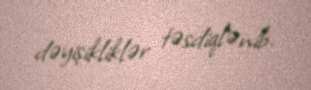
dəyişikliklər təsdiqlənib.